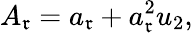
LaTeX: A_{\mathfrak{r}}=a_{\mathfrak{r}}+a_{\mathfrak{r}}^{2}u_{2},